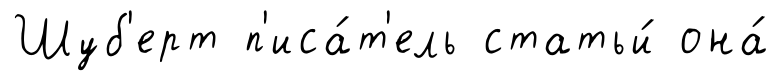
Шуб'ерт п'иса́т'ель статьи́ она́